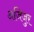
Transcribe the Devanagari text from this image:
अजिजुर